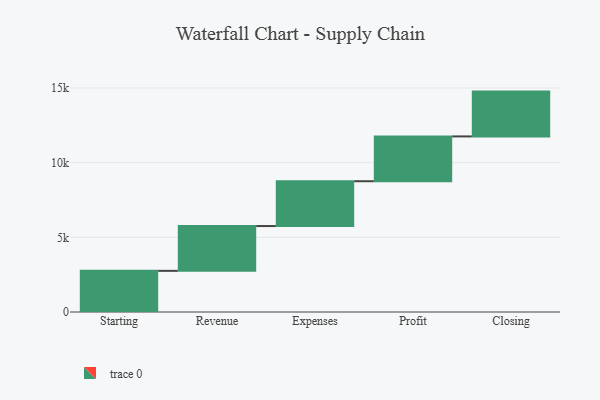
{"axis": {"x": "Step", "y": "Value"}, "legend": [""], "data": [{"x": "Starting", "y": 2755.0, "type": ""}, {"x": "Revenue", "y": 3000, "type": ""}, {"x": "Expenses", "y": 3000, "type": ""}, {"x": "Profit", "y": 3000, "type": ""}, {"x": "Closing", "y": 3000, "type": ""}]}